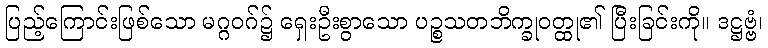
ပြည့်ကြောင်းဖြစ်သော မဂ္ဂဝဂ်၌ ရှေးဦးစွာသော ပဉ္စသတဘိက္ခုဝတ္ထု၏ ပြီးခြင်းကို။ ဒဋ္ဌဗ္ဗံ၊